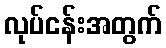
လုပ်ငန်းအတွက်